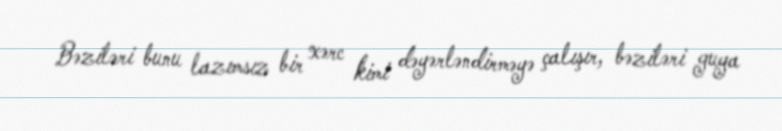
Bəziləri bunu lazımsız bir xərc kimi dəyərləndirməyə çalışır, bəziləri guya